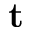
\mathbf { t }